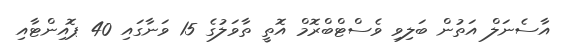
އާސެނަލް އަތުން ބަލިވި ވެސްޓްބްރޮމް އޮތީ ތާވަލުގެ 15 ވަނާގައި 40 ޕޮއިންޓާއި